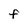
Character: F